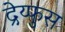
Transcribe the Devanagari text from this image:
द्रेय्फुस